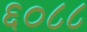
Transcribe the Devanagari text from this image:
६०८८